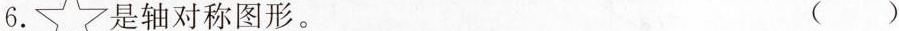
6. 是轴对称图形。 ()